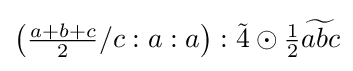
\left({\tfrac {a+b+c}{2}}/c:a:a\right):{\tilde {4}}\odot {\tfrac {1}{2}}{\widetilde {abc}}